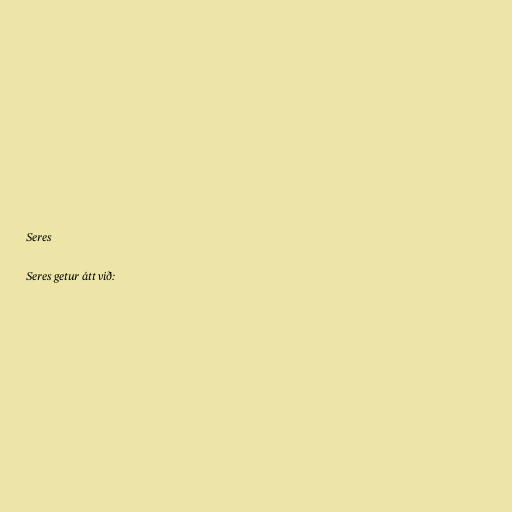
Seres

Seres getur átt við: